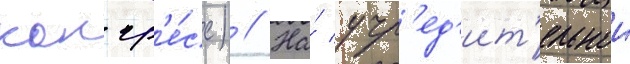
конгр'е́сс) // На́ учр'ед'ит'ельнои